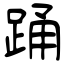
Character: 踊